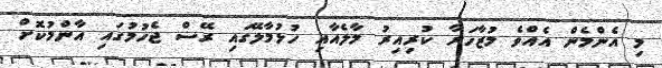
މި އެންމެން އެއްވެ މުޒާހަރާ ކުރިއިރު މާލެއާއި ހުޅުމާލޭގައި ރޭސް ޖެހުމުގައި އާންމުކޮށް